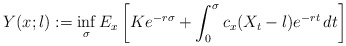
\begin{align*}Y(x;l) :=\inf_{\sigma}E_x\left[ Ke^{-r\sigma}+\int_{0}^{\sigma}c_x(X_t-l)e^{-rt}\,dt\right] \end{align*}